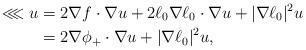
LaTeX: \begin{align*}\lll u &= 2 \nabla f \cdot \nabla u + 2 \ell_{0} \nabla \ell_{0} \cdot \nabla u + \vert \nabla \ell_{0} \vert^{2} u \\&= 2 \nabla \phi_{+} \cdot \nabla u + \vert \nabla \ell_{0} \vert^{2} u ,\end{align*}